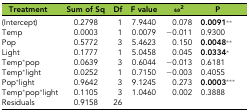
<table><thead><tr><td><b>Treatment</b></td><td><b>Sum of Sq</b></td><td><b>Df</b></td><td><b>F value</b></td><td><b>ω<sup>2</sup></b></td><td><b>P</b></td></tr></thead><tbody><tr><td>(Intercept)</td><td>0.2798</td><td>1</td><td>7.9440</td><td>0.078</td><td><b>0.0091**</b></td></tr><tr><td>Temp</td><td>0.0003</td><td>1</td><td>0.0079</td><td>−0.011</td><td>0.9300</td></tr><tr><td>Pop</td><td>0.5772</td><td>3</td><td>5.4623</td><td>0.150</td><td><b>0.0048**</b></td></tr><tr><td>Light</td><td>0.1777</td><td>1</td><td>5.0458</td><td>0.045</td><td><b>0.0334*</b></td></tr><tr><td>Temp*pop</td><td>0.0639</td><td>3</td><td>0.6044</td><td>−0.013</td><td>0.6181</td></tr><tr><td>Temp*light</td><td>0.0252</td><td>1</td><td>0.7150</td><td>−0.003</td><td>0.4055</td></tr><tr><td>Pop*light</td><td>0.9642</td><td>3</td><td>9.1245</td><td>0.273</td><td><b>0.0003***</b></td></tr><tr><td>Temp*pop*light</td><td>0.1105</td><td>3</td><td>1.0460</td><td>0.002</td><td>0.3888</td></tr><tr><td>Residuals</td><td>0.9158</td><td>26</td><td></td><td></td><td></td></tr></tbody></table>